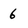
Character: 6